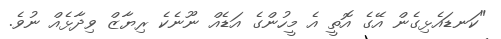
"ކަނޑައެޅިގެން އޭގެ އޮތީ އެ މީހުންގެ އަޑެއް ނޫނެކެ ރިޔާޒް ވިދާޅެއް ނުވެ.